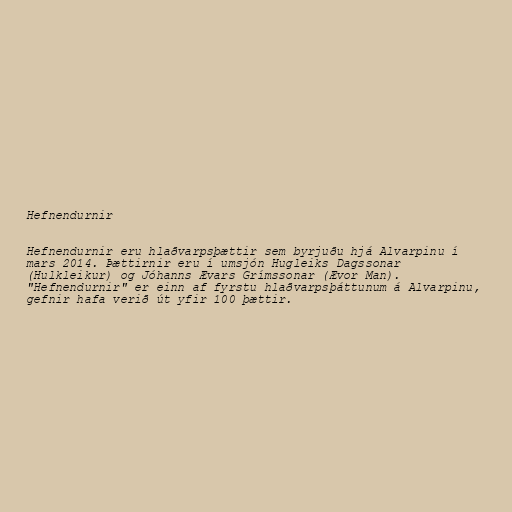
Hefnendurnir

Hefnendurnir eru hlaðvarpsþættir sem byrjuðu hjá Alvarpinu í
mars 2014. Þættirnir eru í umsjón Hugleiks Dagssonar
(Hulkleikur) og Jóhanns Ævars Grímssonar (Ævor Man).
"Hefnendurnir" er einn af fyrstu hlaðvarpsþáttunum á Alvarpinu,
gefnir hafa verið út yfir 100 þættir.